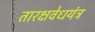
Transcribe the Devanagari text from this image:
तारक्षवेधयंत्र